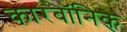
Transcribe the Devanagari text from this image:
कारबॉनिक